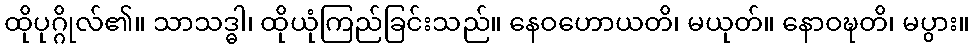
ထိုပုဂ္ဂိုလ်၏။ သာသဒ္ဓါ၊ ထိုယုံကြည်ခြင်းသည်။ နေဝဟောယတိ၊ မယုတ်။ နောဝဍ္ဎတိ၊ မပွား။